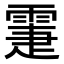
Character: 𩃖